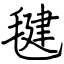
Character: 毽